NASA-UAP-D7, Skylab Techincal Crew Debriefing 1973
Page 1
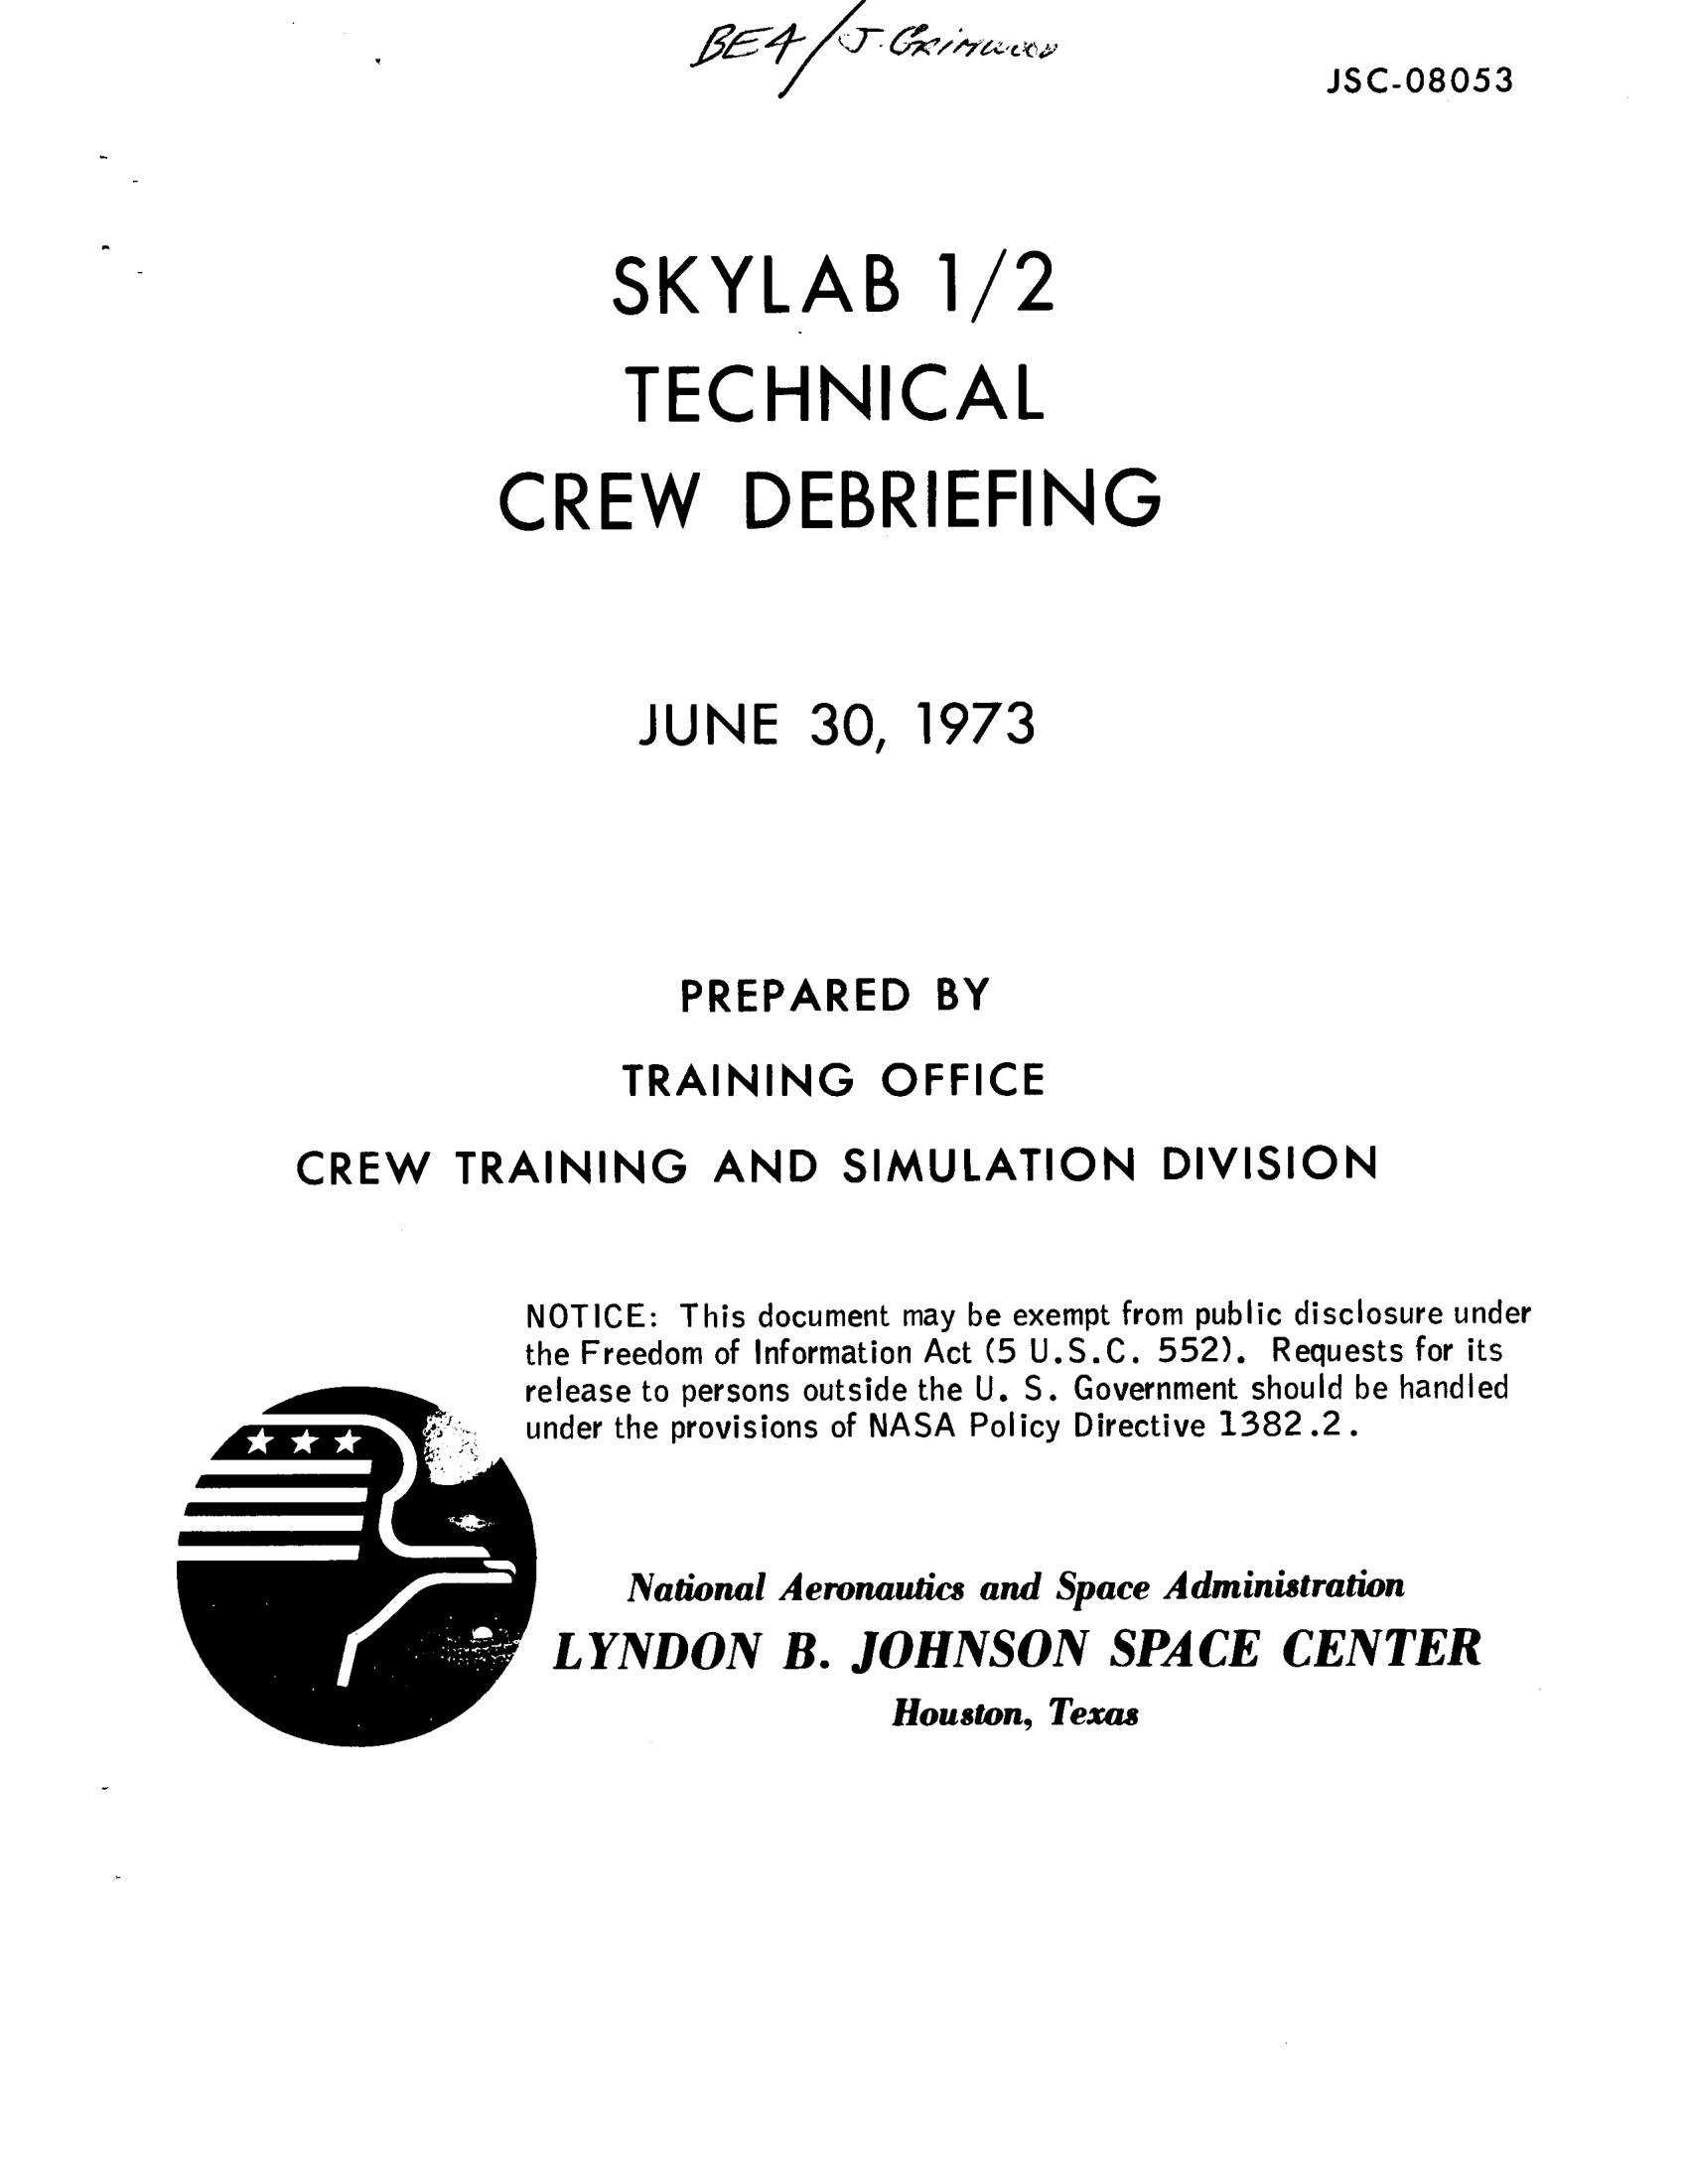